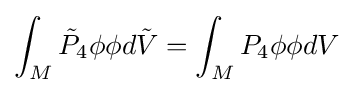
\int _{M}{\tilde {P}}_{4}\phi \phi d{\tilde {V}}=\int _{M}P_{4}\phi \phi dV